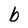
Character: b